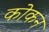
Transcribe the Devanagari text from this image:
कोकन